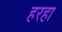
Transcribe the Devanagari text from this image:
हरहा